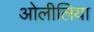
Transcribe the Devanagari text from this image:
ओलीलिया